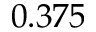
0 . 3 7 5